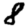
Digit: 8